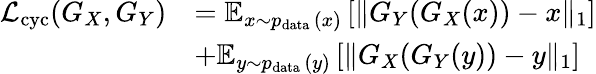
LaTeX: \begin{array}{rl}{\mathcal{L}_{\mathrm{cyc}}(G_{X},G_{Y})}&{=\mathbb{E}_{x\sim p_{\mathrm{data~}}(x)}\left[\| G_{Y}(G_{X}(x))-x\| _{1}\right]}\\ &{+\mathbb{E}_{y\sim p_{\mathrm{data~}}(y)}\left[\| G_{X}(G_{Y}(y))-y\| _{1}\right]}\end{array}